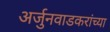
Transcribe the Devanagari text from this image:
अर्जुनवाडकरांच्या